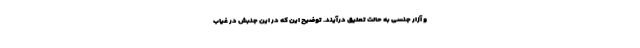
و آزار جنسی به حالت تعلیق درآیند. توضیح این که در این جنبش در غیاب